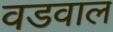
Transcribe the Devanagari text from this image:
वडवाल